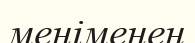
меніменен